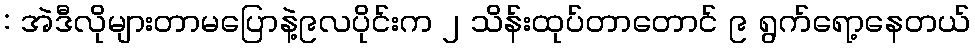
: အဲဒီလိုများတာမပြောနဲ့၉လပိုင်းက ၂ သိန်းထုပ်တာတောင် ၉ ရွက်ရော့နေတယ်